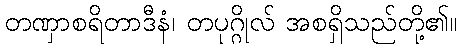
တဏှာစရိတာဒီနံ၊ တပုဂ္ဂိုလ် အစရှိသည်တို့၏။